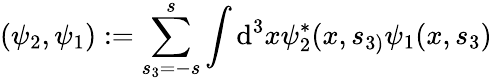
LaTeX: (\psi_{2},\psi_{1}):=\sum_{s_{3}=-s}^{s}\int\mathrm{d}^{3}x\psi_{2}^{*}(x,s_{3)}\psi_{1}(x,s_{3})